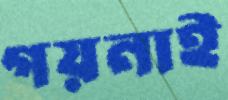
গয়নাই